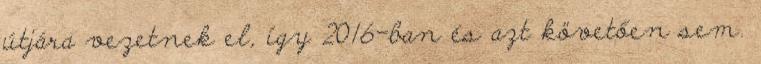
útjára vezetnek el, így 2016-ban és azt követően sem.